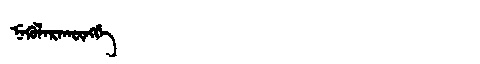
Manchu: ᠨᡝᡴᡠᠯᠠᡵᠠᡴᡡᠩᡤᡝ
Romanization: NEKULARAKŪNGGE